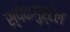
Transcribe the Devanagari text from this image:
स्पेकगुर्टेल